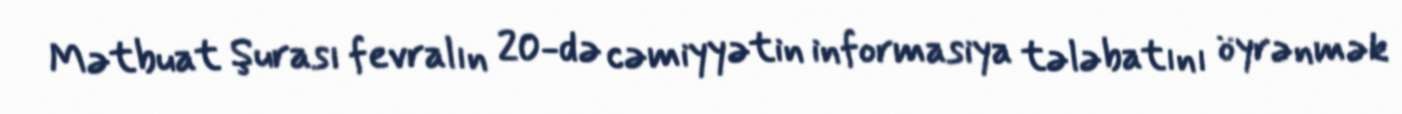
Mətbuat Şurası fevralın 20-də cəmiyyətin informasiya tələbatını öyrənmək